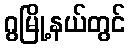
ဂွမြို့နယ်တွင်